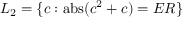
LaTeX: L _ { 2 } = \{ c : \operatorname { a b s } ( c ^ { 2 } + c ) = E R \}